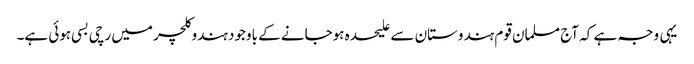
یہی وجہ ہے کہ آج مسلمان قوم ہندوستان سے علیحدہ ہوجانے کے باوجود ہندوکلچر میں رچی بسی ہوئی ہے۔